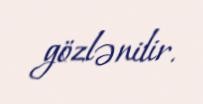
gözlənilir.